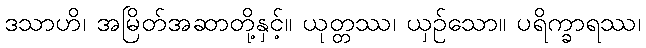
ဒသာဟိ၊ အမြိတ်အဆာတို့နှင့်။ ယုတ္တဿ၊ ယှဉ်သော။ ပရိက္ခာရဿ၊